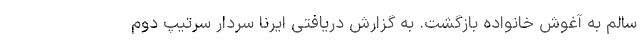
سالم به آغوش خانواده بازگشت. به گزارش دریافتی ایرنا سردار سرتیپ دوم